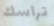
تراسك